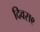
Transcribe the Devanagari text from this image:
दिवस९